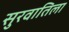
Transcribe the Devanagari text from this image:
सुरवातिला